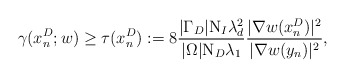
\begin{align*}\gamma(x_n^D;w)\ge \tau(x_n^D):=8\frac{|\Gamma_D|\mathrm{N}_I \lambda_d^2}{|\Omega|\mathrm{N}_D\lambda_1}\frac{|\nabla w(x_n^D)|^2 }{|\nabla w(y_n)|^2 }, \end{align*}